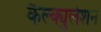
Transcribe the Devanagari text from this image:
कैल्क्युलेशन